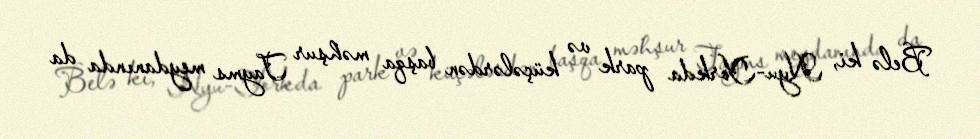
Belə ki, Nyu-Yorkda park və küçələrdən başqa məhşur Tayms meydanında da